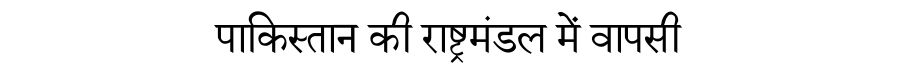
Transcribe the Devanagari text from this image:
पाकिस्तान की राष्ट्रमंडल में वापसी